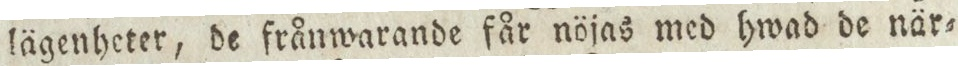
lägenheter, de frånwarande får nöjas med hwad de när=